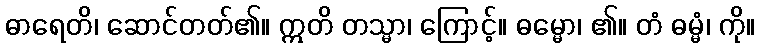
ဓာရေတိ၊ ဆောင်တတ်၏။ ဣတိ တသ္မာ၊ ကြောင့်။ ဓမ္မော၊ ၏။ တံ ဓမ္မံ၊ ကို။